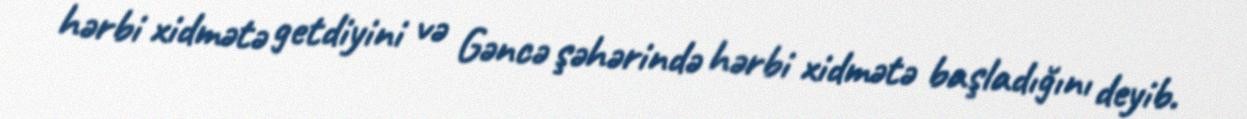
hərbi xidmətə getdiyini və Gəncə şəhərində hərbi xidmətə başladığını deyib.